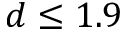
d \leq 1 . 9